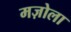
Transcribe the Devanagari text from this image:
मज़ोला